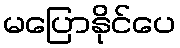
မပြောနိုင်ပေ